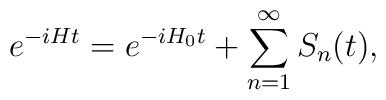
e^{-iHt} = e^{-iH_0 t} + \sum_{n=1}^\infty S_n (t),